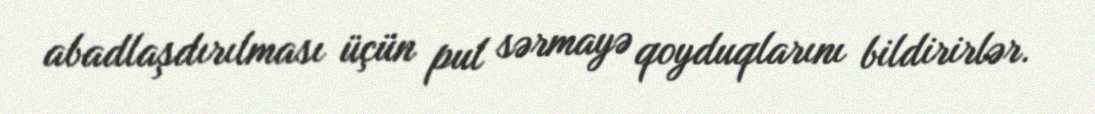
abadlaşdırılması üçün pul sərmayə qoyduqlarını bildirirlər.